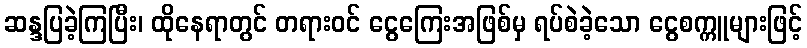
ဆန္ဒပြခဲ့ကြပြီး၊ ထိုနေရာတွင် တရားဝင် ငွေကြေးအဖြစ်မှ ရပ်စဲခဲ့သော ငွေစက္ကူများဖြင့်